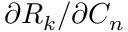
\partial { R _ { k } } / \partial { C _ { n } }